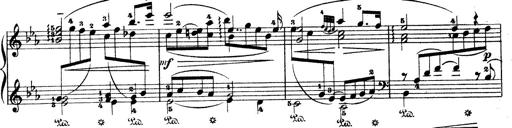
Title: Wagner-Liszt Album
Composer: Franz Liszt